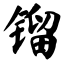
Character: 镏